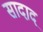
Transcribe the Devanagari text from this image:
सादाद